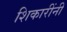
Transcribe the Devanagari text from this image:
शिकारींनी